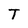
Character: T